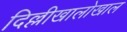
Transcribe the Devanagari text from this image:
दिल्लीखालोखाल